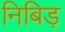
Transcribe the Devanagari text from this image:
निबिड़